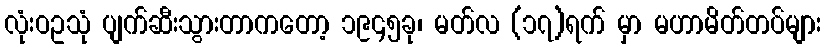
လုံးဝဥသုံ ပျက်ဆီးသွားတာကတော့ ၁၉၄၅ခု၊ မတ်လ (၁၇)ရက် မှာ မဟာမိတ်တပ်များ